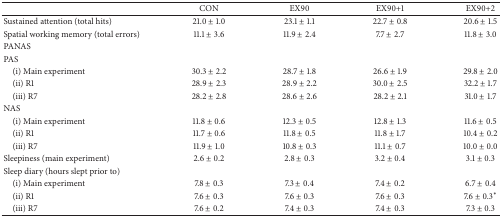
|  | CON | EX90 | EX90+1 | EX90+2 |
 | --- | --- | --- | --- | --- |
 | Sustained attention (total hits) | 21.0 ± 1.0 | 23.1 ± 1.1 | 22.7 ± 0.8 | 20.6 ± 1.5 |
 | Spatial working memory (total errors) | 11.1 ± 3.6 | 11.9 ± 2.4 | 7.7 ± 2.7 | 11.8 ± 3.0 |
 | PANAS |  |  |  |  |
 | PAS |  |  |  |  |
 | (i) Main experiment | 30.3 ± 2.2 | 28.7 ± 1.8 | 26.6 ± 1.9 | 29.8 ± 2.0 |
 | (ii) R1 | 28.9 ± 2.3 | 28.9 ± 2.2 | 30.0 ± 2.5 | 32.2 ± 1.7 |
 | (iii) R7 | 28.2 ± 2.8 | 28.6 ± 2.6 | 28.2 ± 2.1 | 31.0 ± 1.7 |
 | NAS |  |  |  |  |
 | (i) Main experiment | 11.8 ± 0.6 | 12.3 ± 0.5 | 12.8 ± 1.3 | 11.6 ± 0.5 |
 | (ii) R1 | 11.7 ± 0.6 | 11.8 ± 0.5 | 11.8 ± 1.7 | 10.4 ± 0.2 |
 | (iii) R7 | 11.9 ± 1.0 | 10.8 ± 0.3 | 11.1 ± 0.7 | 10.0 ± 0.0 |
 | Sleepiness (main experiment) | 2.6 ± 0.2 | 2.8 ± 0.3 | 3.2 ± 0.4 | 3.1 ± 0.3 |
 | Sleep diary (hours slept prior to) |  |  |  |  |
 | (i) Main experiment | 7.8 ± 0.3 | 7.3 ± 0.4 | 7.4 ± 0.2 | 6.7 ± 0.4 |
 | (ii) R1 | 7.6 ± 0.3 | 7.6 ± 0.3 | 7.6 ± 0.3 | 7.6 ± 0.3∗ |
 | (iii) R7 | 7.6 ± 0.2 | 7.4 ± 0.3 | 7.4 ± 0.3 | 7.3 ± 0.3 |